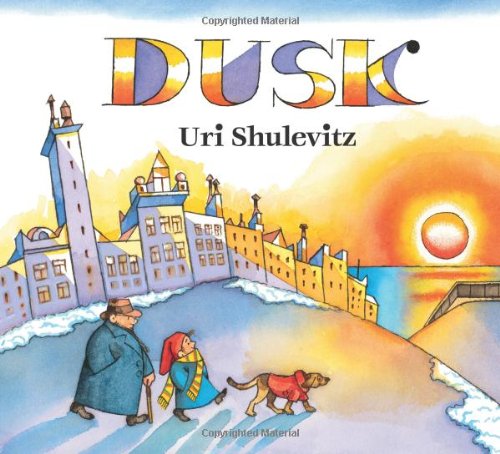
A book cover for Dusk; Uri Shulevitz; Children's Books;